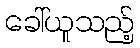
ခေါ်ယူသည့်